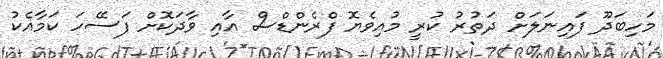
މަހިބަދޫ ފައިނަލަށް ދަތުރު ކުރީ މުއިވެޔޮ ފްރެންޑްސް އާއި ވާދަކޮށް ފަސޭހަ ކަމާއެކު